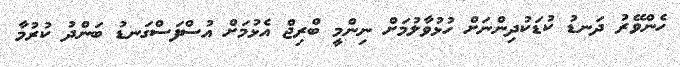
ހެންވޭރު ދަނޑު ކުޑަކުދިންނަށް ހުޅުވާލުމަށް ނިންމީ ބްރިޖް އެޅުމަށް އުސްފަސްގަނޑު ބަންދު ކުރުމާ